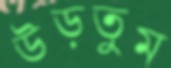
উড়তুম